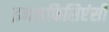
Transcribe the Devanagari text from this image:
इनसफिसिएंसी